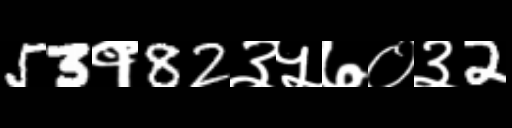
Text: 53१82३५७०३2